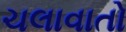
ચલાવાતો